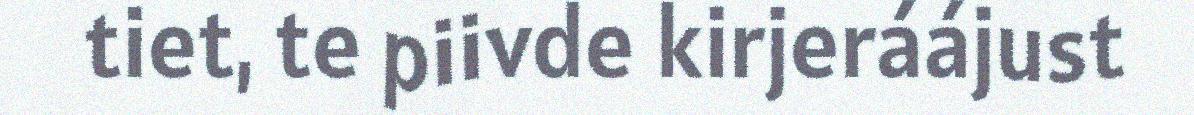
tiet, te piivde kirjeráájust